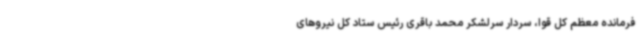
فرمانده معظم کل قوا، سردار سرلشکر محمد باقری رئیس ستاد کل نیروهای